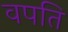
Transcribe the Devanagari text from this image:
वपति